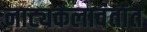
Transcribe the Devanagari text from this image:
नाट्यकलावंतांत